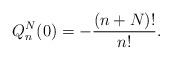
LaTeX: \begin{align*} Q_{n}^{N}(0)=-\frac{(n+N) !}{n!}. \end{align*}